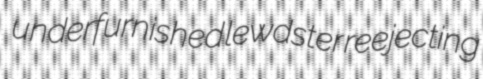
underfurnished lewdster reejecting